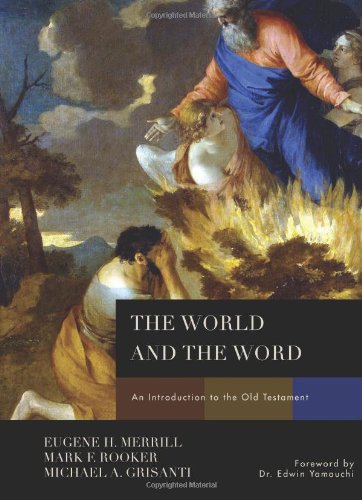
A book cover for The World and the Word: An Introduction to the Old Testament; Eugene H. Merrill; Christian Books & Bibles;